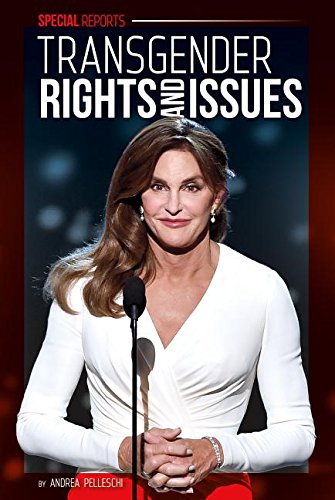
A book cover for Transgender Rights and Issues (Special Reports); Andrea Pelleschi; Teen & Young Adult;